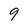
Character: 9